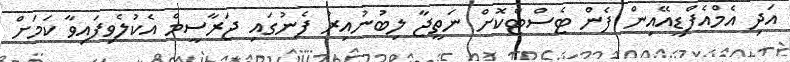
އަދި އެމްއެފްޑީއޭއިން ފެން ޓެސްޓްކޮށް ނަތީޖާ ލިބުނުއިރު ފެނުގައި ޖަރާސީމް އެކުލެވިފައިވާ ކަމަށް